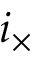
i _ { \times }